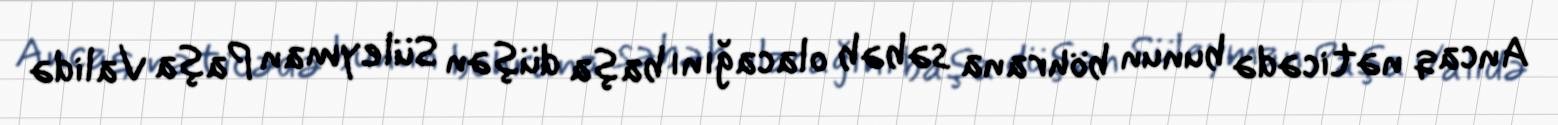
Ancaq nəticədə bunun böhrana səbəb olacağını başa düşən Süleyman Paşa Validə